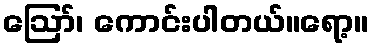
ဪ၊ ကောင်းပါတယ်။ရော့။